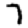
Digit: 7